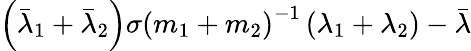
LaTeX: \left(\bar{\lambda}_{1}+\bar{\lambda}_{2}\right)\sigma\left(m_{1}+m_{2}\right)^{-1}\left(\lambda_{1}+\lambda_{2}\right)-\bar{\lambda}